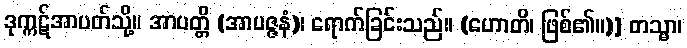
ဒုက္ကဋ်အာပတ်သို့။ အာပတ္တိ (အာပဇ္ဇနံ)၊ ရောက်ခြင်းသည်။ (ဟောတိ၊ ဖြစ်၏။)] တသ္မာ၊